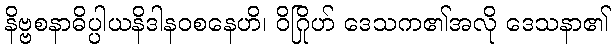
နိဗ္ဗစနာဓိပ္ပါယနိဒါနဝစနေဟိ၊ ဝိဂြိုဟ် ဒေသက၏အလို ဒေသနာ၏